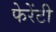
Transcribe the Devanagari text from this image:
फेरेंटी